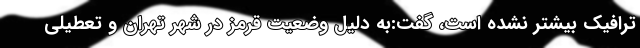
ترافیک بیشتر نشده است، گفت:به دلیل وضعیت قرمز در شهر تهران و تعطیلی